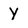
Character: y